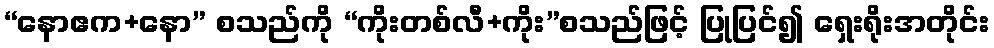
“နောဧက+နော” စသည်ကို “ကိုးတစ်လီ+ကိုး”စသည်ဖြင့် ပြုပြင်၍ ရှေးရိုးအတိုင်း